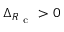
\Delta _ { { R _ { \mathrm { ~ c ~ } } } } > 0